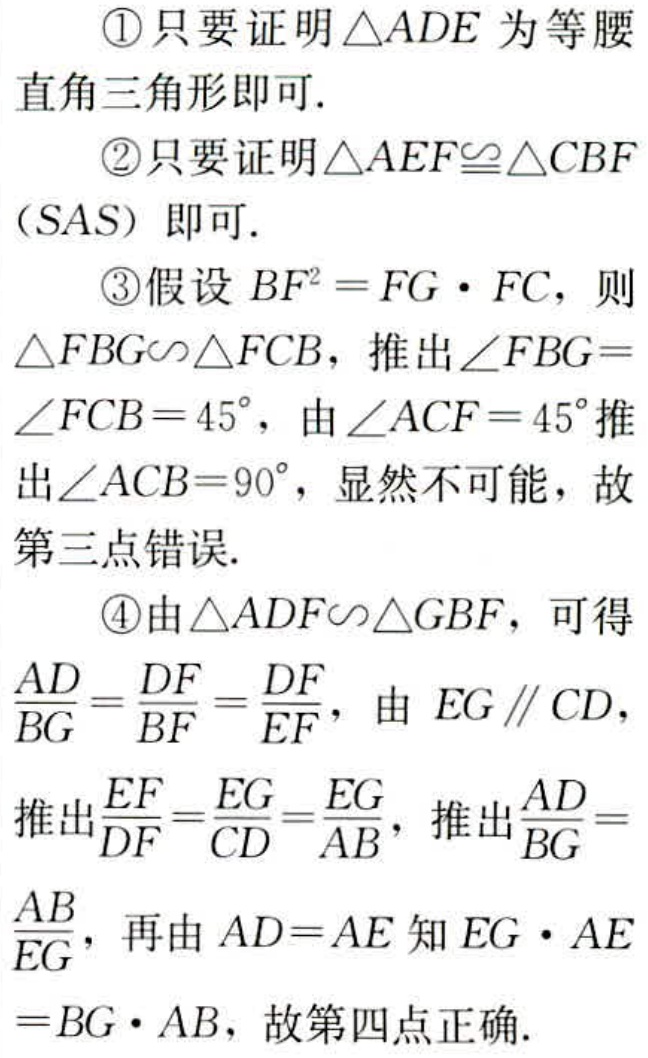
\textcircled{1}只要证明\(\triangle ADE\)为等腰直角三角形即可.
\textcircled{2}只要证明\(\triangle AEF\cong\triangle CBF\)（SAS）即可.
\textcircled{3}假设\(BF^{2}=FG\cdot FC\)，则\(\triangle FBG\sim\triangle FCB\)，推出\(\angle FBG = \angle FCB = 45^{\circ}\)，由\(\angle ACF = 45^{\circ}\)推出\(\angle ACB = 90^{\circ}\)，显然不可能，故第三点错误.
\textcircled{4}由\(\triangle ADF\sim\triangle GBF\)，可得\(\frac{AD}{BG}=\frac{DF}{BF}=\frac{DF}{EF}\)，由\(EG\parallel CD\)，推出\(\frac{EF}{DF}=\frac{EG}{CD}=\frac{EG}{AB}\)，推出\(\frac{AD}{BG}=\frac{AB}{EG}\)，再由\(AD = AE\)知\(EG\cdot AE = BG\cdot AB\)，故第四点正确.